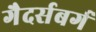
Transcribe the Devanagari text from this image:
गैदर्सबर्ग